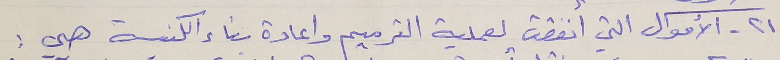
٢١ - الأموال التي أنفقت لعملية الترميم واعادة بناء الكنيسة هي :